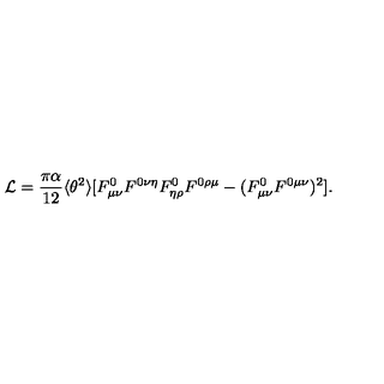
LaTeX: { \cal L } = \frac { \pi \alpha } { 1 2 } \langle \theta ^ { 2 } \rangle [ F _ { \mu \nu } ^ { 0 } F ^ { 0 \nu \eta } F _ { \eta \rho } ^ { 0 } F ^ { 0 \rho \mu } - ( F _ { \mu \nu } ^ { 0 } F ^ { 0 \mu \nu } ) ^ { 2 } ] .